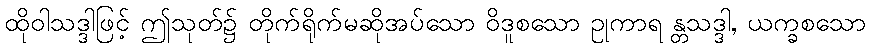
ထိုဝါသဒ္ဒါဖြင့် ဤသုတ်၌ တိုက်ရိုက်မဆိုအပ်သော ဝိဒူစသော ဥုကာရ န္တသဒ္ဒါ, ယက္ခစသော